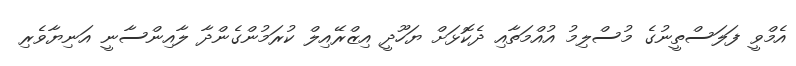
އެމްވީ ފަލަސްތީނުގެ މުސްލިމު އުއްމަތާއި ދެކޮޅަށް ޔަހޫދީ އިޒްރޭއިލް ކުރަމުންގެންދާ ލާއިންސާނީ އަނިޔާވެރި